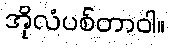
အိုလံပစ်တာဝါ။